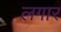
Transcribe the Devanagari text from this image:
लगार